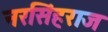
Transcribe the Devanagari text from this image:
नरसिंहराज